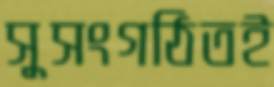
সুসংগঠিতই